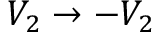
V _ { 2 } \rightarrow - V _ { 2 }